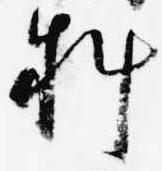
料